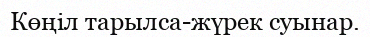
Көңіл тарылса-жүрек суынар.